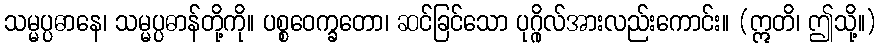
သမ္မပ္ပဓာနေ၊ သမ္မပ္ပဓာန်တို့ကို။ ပစ္စဝေက္ခတော၊ ဆင်ခြင်သော ပုဂ္ဂိုလ်အားလည်းကောင်း။ (ဣတိ၊ ဤသို့။)